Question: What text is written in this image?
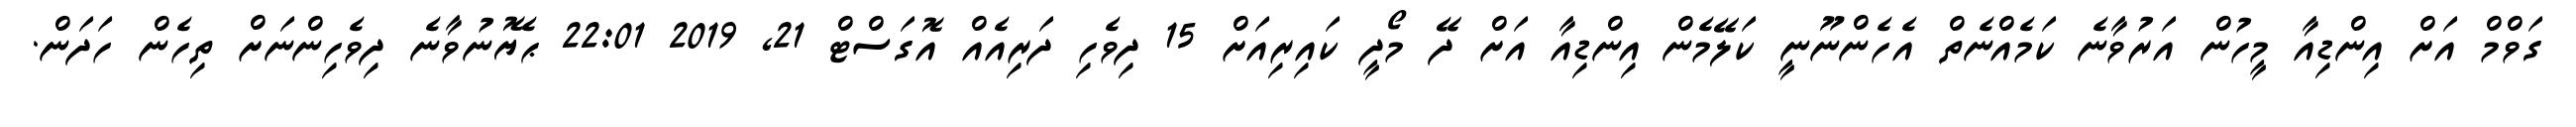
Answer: ގަވްމް އަށް އިންޑިއާ މީހުން އަރުވާނެ ކަމެއްނެތް އެހެންނޫނީ ކަލޭމެން އިންޑިއާ އަށް ދޭ މޯދީ ކައިރިއަށް 15 ދިވެހި ދަރިއެއް އޮގަސްޓް 21, 2019 22:01 ޙެޔޮނުވާނެ ދިވެހިންނަށް ތިހެން ހަދަން.